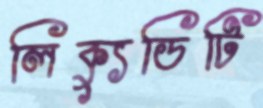
লিক্যুডিটি